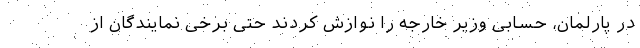
در پارلمان، حسابی وزیر خارجه را نوازش کردند حتی برخی نمایندگان از